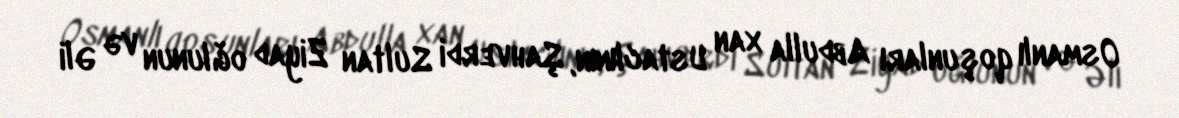
Osmanlı qoşunları Abdulla xan Ustaclının, Şahverdi Sultan Ziyad oğlunun və Əli